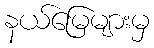
နယ်မြေများမှ